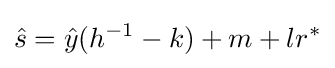
{\hat {s}}={\hat {y}}(h^{-1}-k)+m+lr^{*}